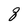
Character: 8